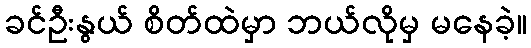
ခင်ဦးနွယ် စိတ်ထဲမှာ ဘယ်လိုမှ မနေခဲ့။